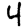
Digit: 4